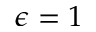
\epsilon = 1